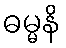
ဓမ္မနိ